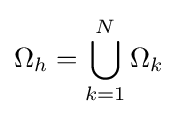
\Omega _{h}=\bigcup _{k=1}^{N}\Omega _{k}